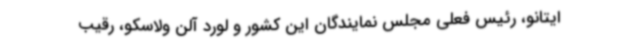
ایتانو، رئیس فعلی مجلس نمایندگان این کشور و لورد آلن ولاسکو، رقیب